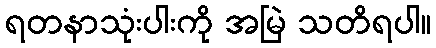
ရတနာသုံးပါးကို အမြဲ သတိရပါ။